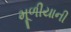
મૂળીયાની